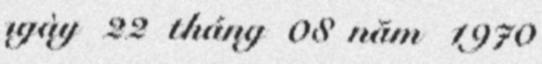
ngày 22 tháng 08 năm 1970